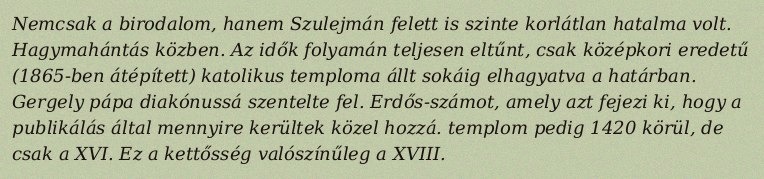
Nemcsak a birodalom, hanem Szulejmán felett is szinte korlátlan hatalma volt. Hagymahántás közben. Az idők folyamán teljesen eltűnt, csak középkori eredetű (1865-ben átépített) katolikus temploma állt sokáig elhagyatva a határban. Gergely pápa diakónussá szentelte fel. Erdős-számot, amely azt fejezi ki, hogy a publikálás által mennyire kerültek közel hozzá. templom pedig 1420 körül, de csak a XVI. Ez a kettősség valószínűleg a XVIII.